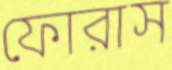
ফোরাস